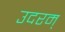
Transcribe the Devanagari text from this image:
उदरम्